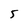
Character: 5